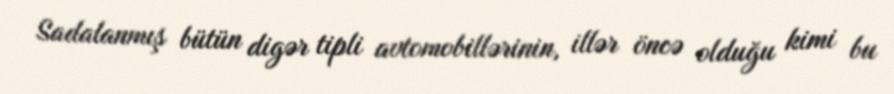
Sadalanmış bütün digər tipli avtomobillərinin, illər öncə olduğu kimi bu